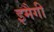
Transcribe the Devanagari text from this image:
इमैगी